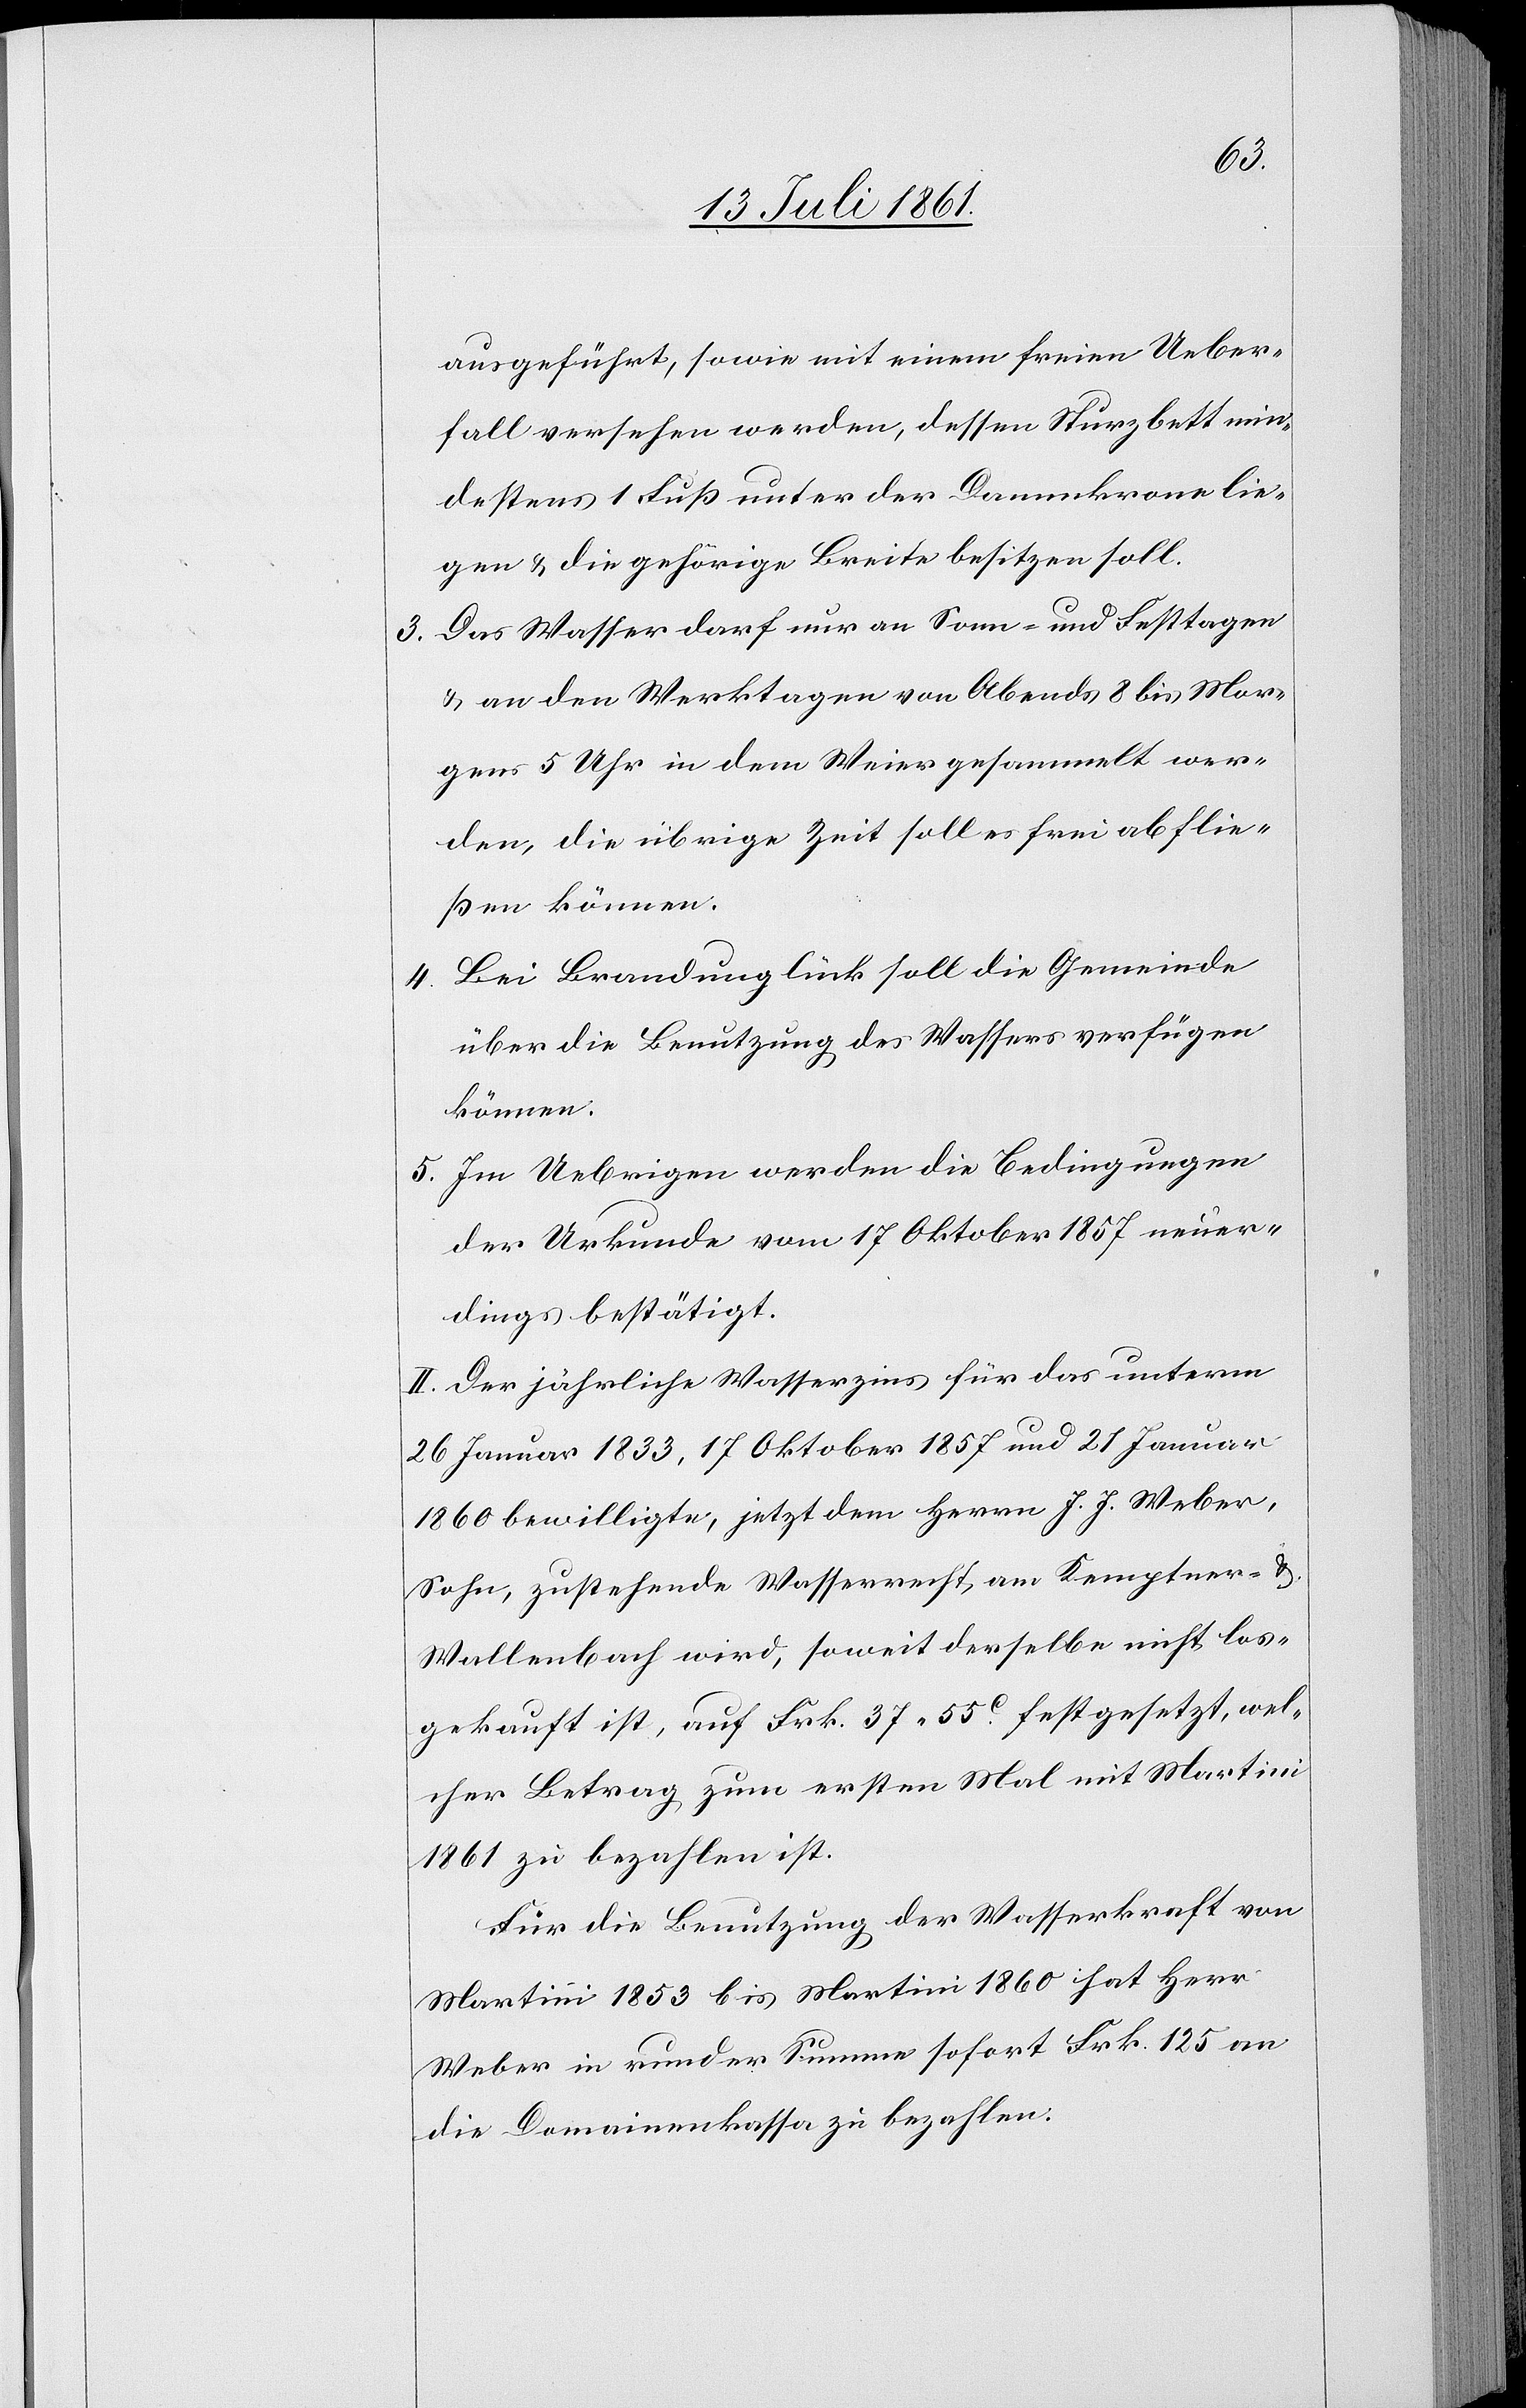
ausgeführt, sowie mit einem freien Ueber¬
fall versehen werden, dessen Sturzbett min¬
destens 1 Fuß unter der Dammkrone lie¬
gen u. die gehörige Breite besitzen soll.
3. Das Wasser darf nur an Sonn- und Festtagen
u. an den Werktagen von Abends 8 bis Mor¬
gens 5 Uhr in dem Weier gesammelt wer¬
den, die übrige Zeit soll es frei abflie¬
ßen können.
4. Bei Brandunglück soll die Gemeinde
über die Benutzung des Wassers verfügen
können.
5. Im Uebrigen werden die Bedingungen
der Urkunde vom 17 Oktober 1857 neuer¬
dings bestätigt.
II. Der jährliche Wasserzins für das unterm
26 Januar 1833, 17 Oktober 1857 und 21 Januar
1860 bewilligte, jetzt dem Herrn J. J. Weber,
Sohn, zustehende Wasserrecht, am Kemptner- u.
Wallenbach wird, soweit derselbe nicht los¬
gekauft ist, auf Frk. 37.55 c festgesetzt, wel¬
cher Betrag zum ersten Mal mit Martini
1861 zu bezahlen ist.
Für die Benutzung der Wasserkraft von
Martini 1853 bis Martini 1860 hat Herr
Weber in runder Summe sofort Frk. 125 an
die Domainenkassa zu bezahlen: